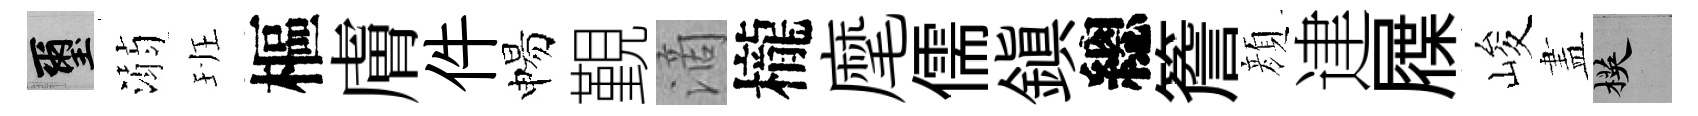
璽溺班樞膚件惕覲滴櫳麾儒鎮總簷顔䢖屧峻𥁞楧